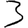
Digit: 3